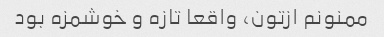
ممنونم ازتون، واقعا تازه و خوشمزه بود